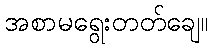
အစာမရွေးတတ်ချေ။